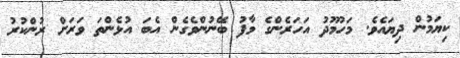
ކިޔަމުން ދިޔައެވެ. މަހުމޫދު އަހަރެންގެ މާފު ބޭނުންވެގެން އެބަ އުޅެންތަ ވަރަށް ރުންކުރު